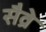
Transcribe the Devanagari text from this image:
सैव्रे